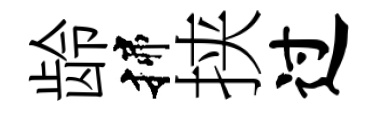
龄揲挟过